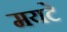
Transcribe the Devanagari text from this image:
मयटे